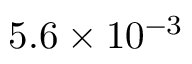
5 . 6 \times 1 0 ^ { - 3 }